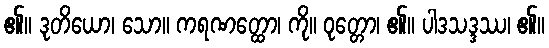
၏။ ဒုတိယော၊ သော။ ကရဏတ္ထော၊ ကို။ ဝုတ္တော၊ ၏။ ပါဒသဒ္ဒဿ၊ ၏။